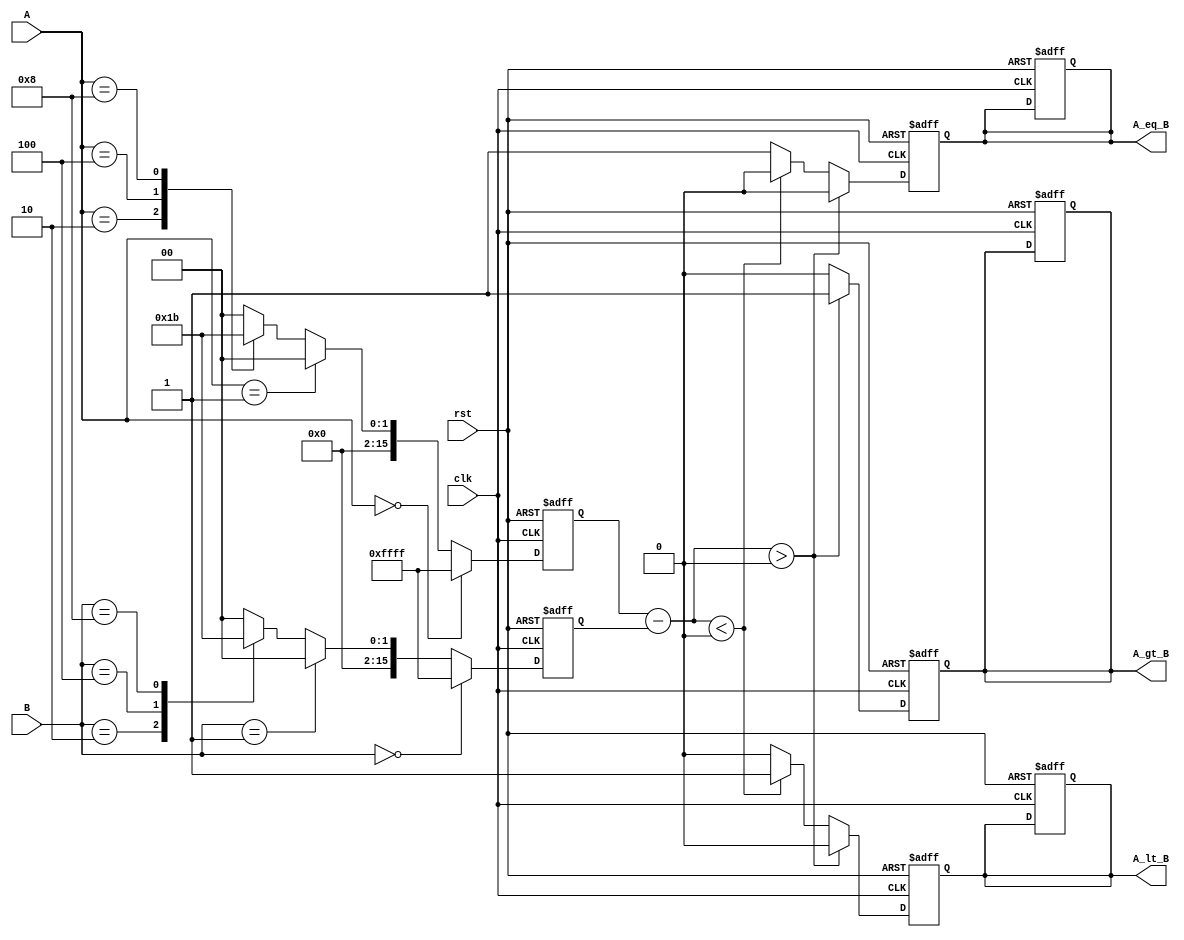
module LogarithmicComparator (
    input wire clk,
    input wire rst,
    input wire [15:0] A,  // 16-bit input A
    input wire [15:0] B,  // 16-bit input B
    output reg A_gt_B,     // A > B output
    output reg A_lt_B,     // A < B output
    output reg A_eq_B      // A == B output
);

// Internal signals
reg [15:0] log_A, log_B;
reg [16:0] log_diff;  // 17 bits to accommodate potential overflow

// Lookup table for logarithmic transformation
// For simplicity, let's assume we have a LUT for log2
function [15:0] log2_lut(input [15:0] x);
    begin
        if (x == 0) log2_lut = 16'hFFFF; // Log(0) is undefined, using -infinity 
        else if (x == 1) log2_lut = 16'h0000; // Log(1) = 0
        else case (x)
            16'h0001: log2_lut = 16'h0000; // Log2(1)
            16'h0002: log2_lut = 16'h0001; // Log2(2)
            16'h0004: log2_lut = 16'h0002; // Log2(4)
            16'h0008: log2_lut = 16'h0003; // Log2(8)
            // Continue this for more values...
            default: log2_lut = 16'h0; // Default case
        endcase
    end
endfunction

// Logarithmic Transformation
always @(posedge clk or posedge rst) begin
    if (rst) begin
        log_A <= 16'h0;
        log_B <= 16'h0;
        A_gt_B <= 1'b0;
        A_lt_B <= 1'b0;
        A_eq_B <= 1'b0;
    end else begin
        log_A <= log2_lut(A);
        log_B <= log2_lut(B);
    end
end

// ALU to compare log values
always @(posedge clk or posedge rst) begin
    if (rst) begin
        A_gt_B <= 1'b0;
        A_lt_B <= 1'b0;
        A_eq_B <= 1'b0;
    end else begin
        log_diff = log_A - log_B; // Compute difference

        // Comparator Logic
        if (log_diff > 0) begin
            A_gt_B <= 1'b1;
            A_lt_B <= 1'b0;
            A_eq_B <= 1'b0;
        end else if (log_diff < 0) begin
            A_gt_B <= 1'b0;
            A_lt_B <= 1'b1;
            A_eq_B <= 1'b0;
        end else begin
            A_gt_B <= 1'b0;
            A_lt_B <= 1'b0;
            A_eq_B <= 1'b1;
        end
    end
end

endmodule